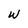
Character: w